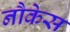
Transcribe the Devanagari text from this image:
नौकेस